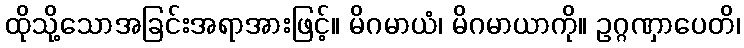
ထိုသို့သောအခြင်းအရာအားဖြင့်။ မိဂမာယံ၊ မိဂမာယာကို။ ဥဂ္ဂဏှာပေတိ၊